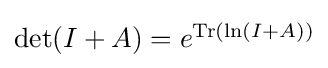
{\textstyle \det(I+A)=e^{\operatorname {Tr} (\ln(I+A))}}